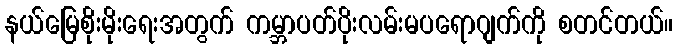
နယ်မြေစိုးမိုးရေးအတွက် ကမ္ဘာပတ်ပိုးလမ်းမပရောဂျက်ကို စတင်တယ်။